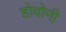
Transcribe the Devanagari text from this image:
होवोनी